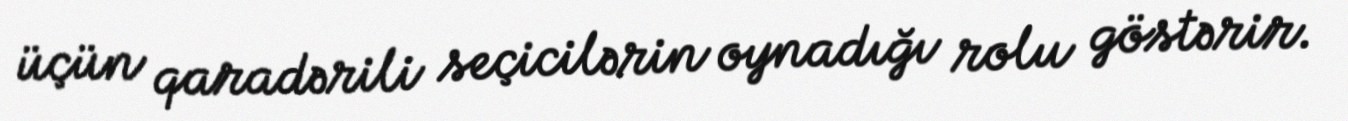
üçün qaradərili seçicilərin oynadığı rolu göstərir.